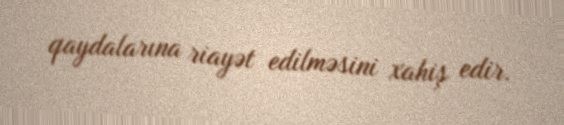
qaydalarına riayət edilməsini xahiş edir.